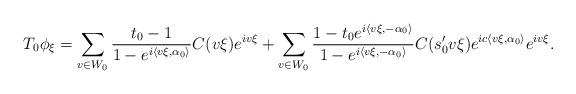
LaTeX: \begin{align*}T_0 \phi_\xi = \sum_{v\in W_0} \frac{t_0-1}{1-e^{ i\langle v\xi,{\alpha_0}\rangle}} C(v\xi)e^{iv\xi} + \sum_{v\in W_0} \frac{1-t_0 e^{i\langle v\xi,-{\alpha_0}\rangle} }{1-e^{i\langle v\xi,-{\alpha_0}\rangle}} C(s'_0v\xi) e^{ ic\langle v\xi,{\alpha_0}\rangle} e^{iv\xi}.\end{align*}